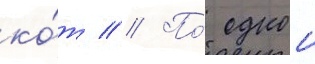
ко́т // По́ однои